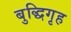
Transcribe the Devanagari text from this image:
बुद्धिगृह